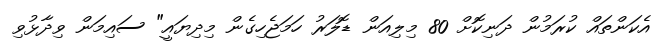
އެކަންތައް ކުރަމުން ދަނިކޮށް 80 މިލިއަން ޑޮލަރު ހަމަޖެހިގެން މިދިޔައީ" ސައިމަން ވިދާޅުވި